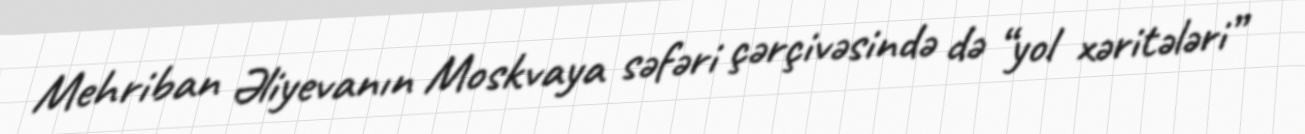
Mehriban Əliyevanın Moskvaya səfəri çərçivəsində də “yol xəritələri”